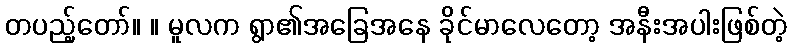
တပည့်တော်။ ။ မူလက ရွာ၏အခြေအနေ ခိုင်မာလေတော့ အနီးအပါးဖြစ်တဲ့